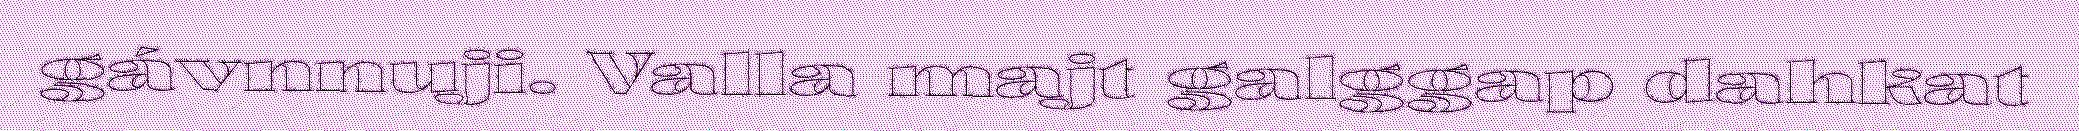
gávnnuji. Valla majt galggap dahkat